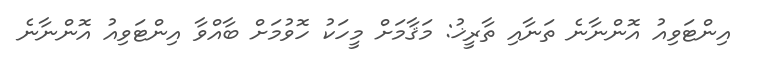
އިންޓަވިއު އޮންނާނެ ތަނާއި ތާރީޚު: މަޤާމަށް މީހަކު ހޮވުމަށް ބާއްވާ އިންޓަވިއު އޮންނާނެ